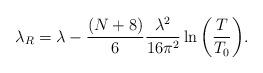
LaTeX: \begin{align*}\lambda_{R}=\lambda-\frac{(N+8)}{6}\frac{\lambda^{2}}{16\pi^{2}}\ln{\left( \frac{T}{T_{0}} \right)}.\end{align*}